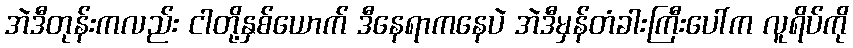
အဲဒီတုန်းကလည်း ငါတို့နှစ်ယောက် ဒီနေရာကနေပဲ အဲဒီမှန်တံခါးကြီးပေါ်က လူရိပ်ကို